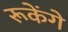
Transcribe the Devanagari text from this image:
रूकेंगे